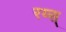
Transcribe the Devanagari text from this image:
रय्स्